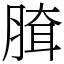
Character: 䐛